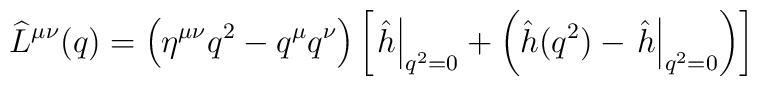
\widehat L^{\mu\nu}(q) =\left(\eta^{\mu\nu}q^2 - q^{\mu}q^{\nu}\right)\left[ \left.\hat h\right|_{q^2 = 0}+ \left(\hat h(q^2) - \left.\hat h\right|_{q^2 = 0}\right)\right]